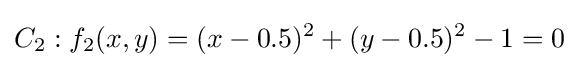
C_{2}:f_{2}(x,y)=(x-0.5)^{2}+(y-0.5)^{2}-1=0